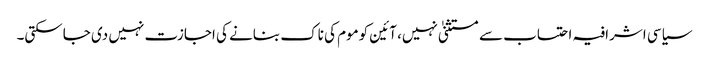
سیاسی اشرافیہ احتساب سے مستثنیٰ نہیں، آئین کوموم کی ناک بنانے کی اجازت نہیں دی جاسکتی۔